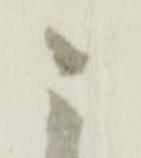
ニ